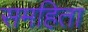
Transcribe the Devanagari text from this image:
समहिता